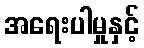
အရေးပါမှုနှင့်